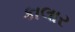
કાલાર